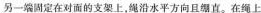
另一端固定在对面的支架上，绳沿水平方向且绷直。在绳上